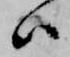
ハ